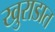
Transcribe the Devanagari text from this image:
खुराडात